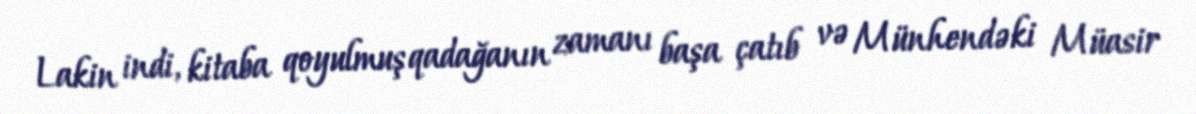
Lakin indi, kitaba qoyulmuş qadağanın zamanı başa çatıb və Münhendəki Müasir